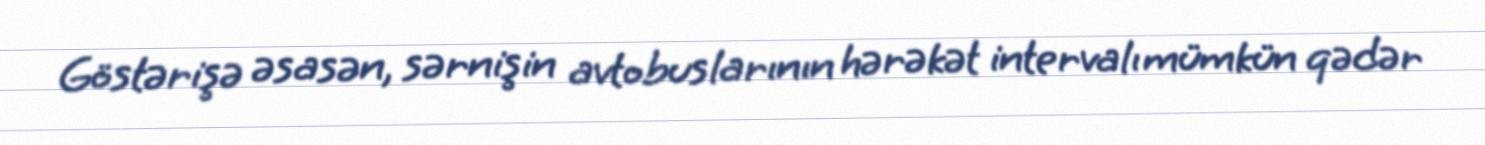
Göstərişə əsasən, sərnişin avtobuslarının hərəkət intervalı mümkün qədər